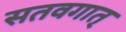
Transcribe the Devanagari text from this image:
सतवगात्